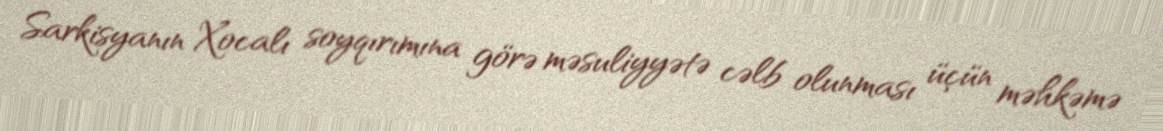
Sarkisyanın Xocalı soyqırımına görə məsuliyyətə cəlb olunması üçün məhkəmə